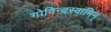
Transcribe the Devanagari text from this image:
गोविन्दस्वामिन्